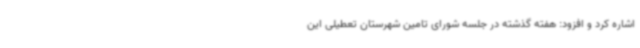
اشاره کرد و افزود: هفته گذشته در جلسه شورای تامین شهرستان تعطیلی این